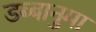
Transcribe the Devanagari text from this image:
डब्बानुमा